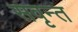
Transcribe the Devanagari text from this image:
सवृन्त